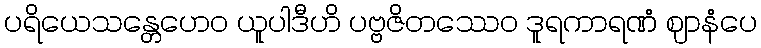
ပရိယေသန္တေဟေဝ ယူပါဒီဟိ ပဗ္ဗဇိတဿေဝ ဒူရကာရဏံ ဈာနံပေ